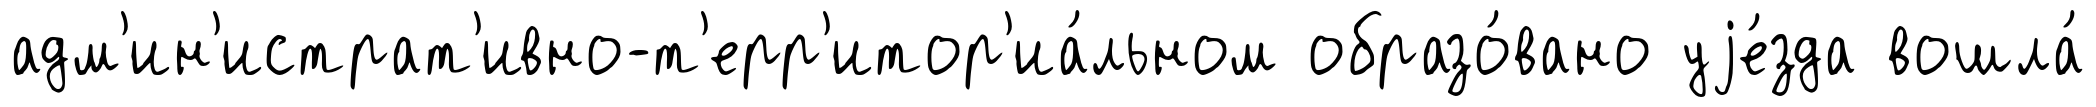
адм'ин'истрат'ивно-т'ерр'итор'иа́льном образо́вано уjе́зда вошла́